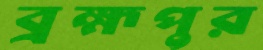
ব্রহ্মপুর